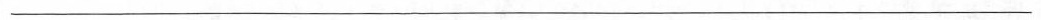
___